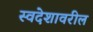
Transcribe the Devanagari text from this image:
स्वदेशावरील